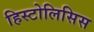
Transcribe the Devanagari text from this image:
हिस्टोलिसिस